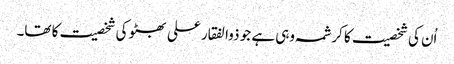
اُن کی شخصیت کا کرشمہ وہی ہے جو ذوالفقار علی بھٹو کی شخصیت کا تھا۔